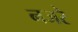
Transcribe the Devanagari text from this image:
नजरे